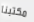
مكتبنا